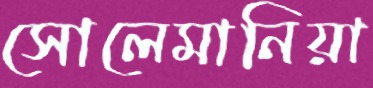
সোলেমানিয়া